Report of an investigation into the causes of the diseases known in Assam as Kála-Azár and Beri-Beri
Disease focus: Beri-Beri
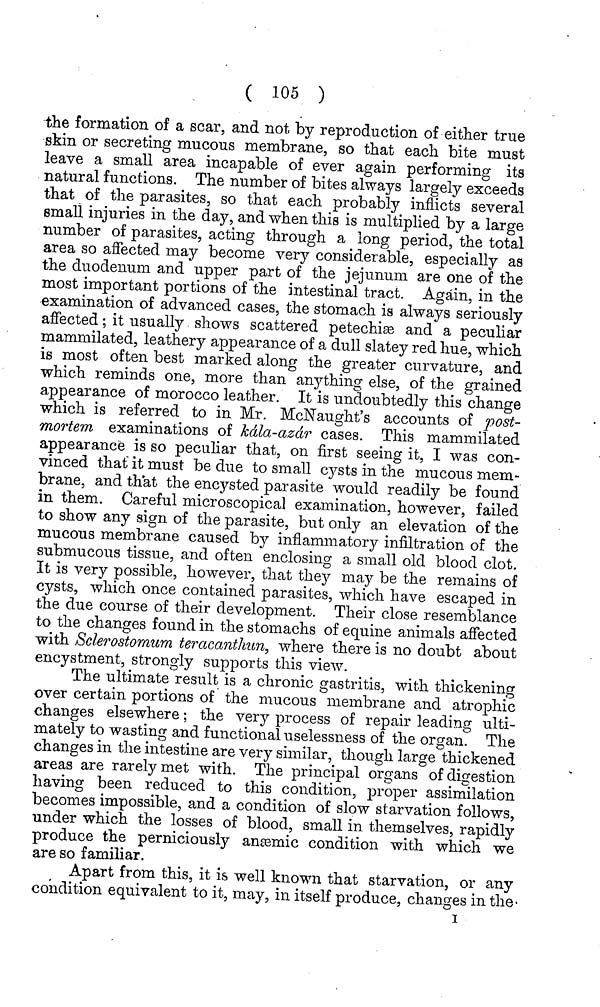
( 105 )
the formation of a scar, and not by reproduction of either true
skin or secreting mucous membrane, so that each bite must
leave a small area incapable of ever again performing its
natural functions. The number of bites always largely exceeds
that of the parasites, so that each probably inflicts several
small injuries in the day, and when this is multiplied by a large
number of parasites, acting through a long period, the total
area so affected may become very considerable, especially as
the duodenum and upper part of the jejunum are one of the
most important portions of the intestinal tract. Again, in the
examination of advanced cases, the stomach is always seriously
affected; it usually shows scattered petechise and a peculiar
mammilated, leathery appearance of a dull slatey red hue, which
is most often best marked along the greater curvature, and
which reminds one, more than anything else, of the grained
appearance of morocco leather. It is undoubtedly this change
which is referred to in Mr. McNaught's accounts of post-
mortem examinations of kdla-azdr cases. This mammilated
appearance is so peculiar that, on first seeing it, I was con-
vinced that it must be due to small cysts in the mucous mem-
brane, and that the encysted parasite would readily be found
in them. Careful microscopical examination, however, failed
to show any sign of the parasite, but only an elevation of the
mucous membrane caused by inflammatory infiltration of the
submucous tissue, and often enclosing a small old blood clot.
It is very possible, however, that they may be the remains of
cysts, which once contained parasites, which have escaped in
the due course of their development. Their close resemblance
to the changes found in the stomachs of equine animals affected
with Sclerostomum teracanthun, where there is no doubt about
encystment, strongly supports this view.
The ultimate result is a chronic gastritis, with thickening
over certain portions of the mucous membrane and atrophic
changes elsewhere; the very process of repair leading ulti-
mately to wasting and functional uselessness of the organ. The
changes in the intestine are very similar, though large thickened
areas are rarely met with. The principal organs of digestion
having been reduced to this condition, proper assimilation
becomes impossible, and a condition of slow starvation follows,
under which the losses of blood, small in themselves, rapidly
produce the perniciously anaemic condition with which we
are so familiar.
Apart from this, it is well known that starvation, or any
condition equivalent to it, may, in itself produce, changes in the
i